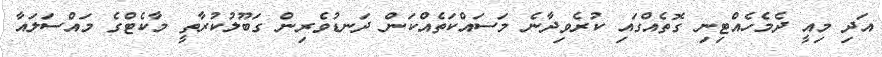
އަދި މިއީ ދެމެހެއްޓިނި ގޮތެއްގައި ކުރެވިދާނެ މަސައްކަތެއްކަން ދަނޑުވެރިން ގަބޫލުކުރާތީ މާކެޓްގެ މައްސަލައާ